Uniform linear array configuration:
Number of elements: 48
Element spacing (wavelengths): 1
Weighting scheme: hann
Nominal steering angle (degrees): -45
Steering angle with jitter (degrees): -46.785
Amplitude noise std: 0.05
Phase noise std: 0.05

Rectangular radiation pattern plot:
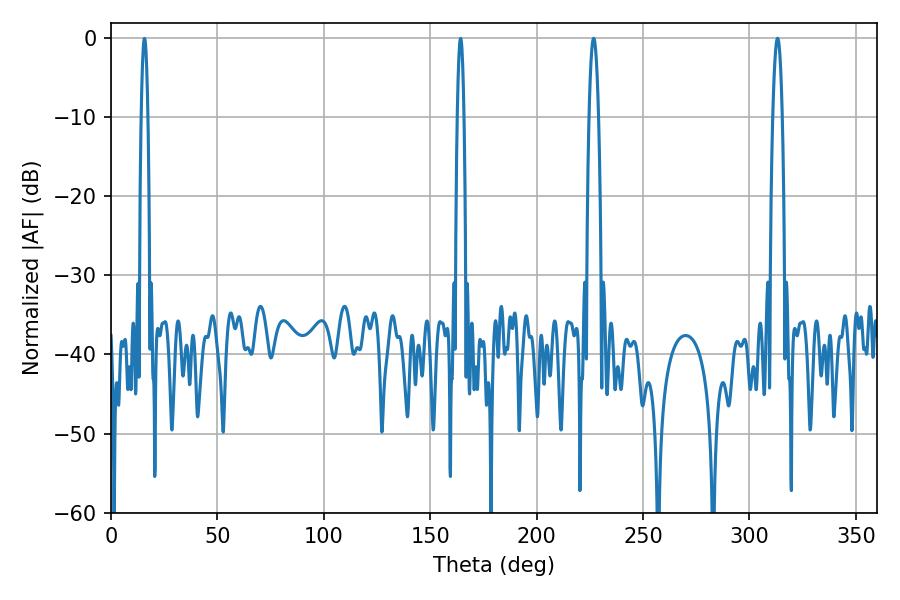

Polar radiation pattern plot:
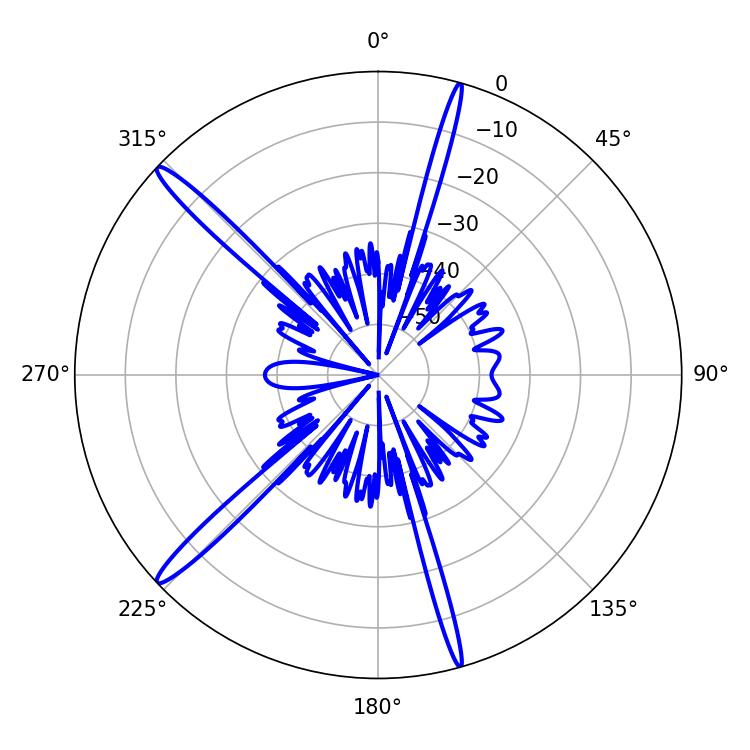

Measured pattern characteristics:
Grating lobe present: TRUE
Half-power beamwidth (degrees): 2.52
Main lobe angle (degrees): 226.8